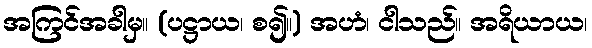
အကြင်အခါမှ။ (ပဋ္ဌာယ၊ စ၍။) အဟံ၊ ငါသည်။ အရိယာယ၊